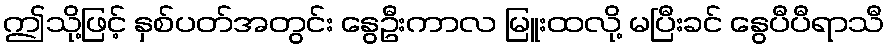
ဤသို့ဖြင့် နှစ်ပတ်အတွင်း နွေဦးကာလ မြူးထလို့ မပြီးခင် နွေပီပီရာသီ